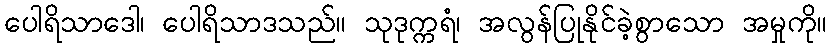
ပေါရိသာဒေါ၊ ပေါရိသာဒသည်။ သုဒုက္ကရံ၊ အလွန်ပြုနိုင်ခဲ့စွာသော အမှုကို။